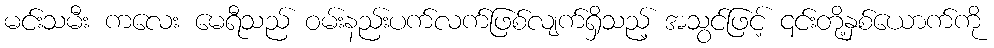
မင်းသမီး ကလေး မေရီသည် ဝမ်းနည်းပက်လက်ဖြစ်လျက်ရှိသည့် အသွင်ဖြင့် ၎င်းတို့နှစ်ယောက်ကို